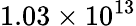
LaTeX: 1.03\times 10^{13}